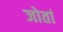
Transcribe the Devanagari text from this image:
जोतां